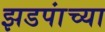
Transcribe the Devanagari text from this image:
झडपांच्या